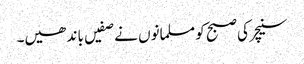
سنیچر کی صبح کو مسلمانوں نے صفیں با ند ھیں۔